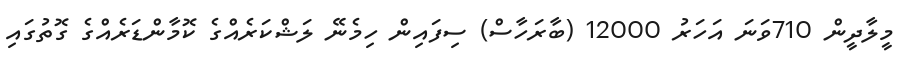
މީލާދީން 710ވަނަ އަހަރު 12000 (ބާރަހާސް) ސިފައިން ހިމެނޭ ލަޝްކަރެއްގެ ކޮމާންޑަރެއްގެ ގޮތުގައި